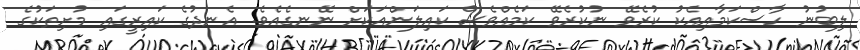
ލިބުނު ހާސްކަމާއިއެކު ކުރެވޭ ނުކުރެވޭ ކަމެއްވެސް ކައިލަންއަކަށް ނޭނގެއެވެ. އެނދުގެ ކައިރީގައި މުށިތަކުގެ